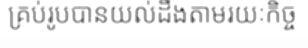
គ្រប់រូបបានយល់ដឹងតាមរយៈកិច្ច